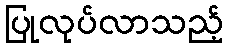
ပြုလုပ်လာသည့်